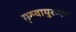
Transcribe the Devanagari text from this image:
गुरुवायुरप्पा